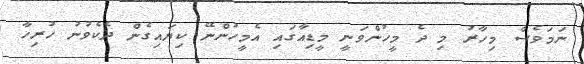
ނަމަވެސް މިހާރު މި ދެ މީހުންވަނީ މީޑިއާގައި އެމީހުންނޭ ކިޔައިގެން ދެކެވުނު ހުރިހާ